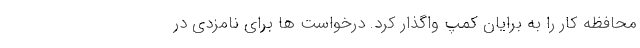
محافظه کار را به برایان کمپ واگذار کرد. درخواست ها برای نامزدی در